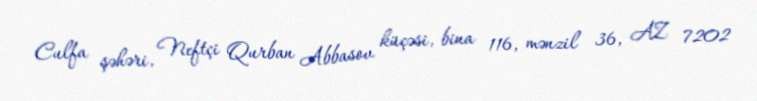
Culfa şəhəri, Neftçi Qurban Abbasov küçəsi, bina 116, mənzil 36, AZ 7202